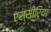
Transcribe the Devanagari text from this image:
एस्सीरिया